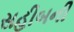
સહીબની